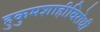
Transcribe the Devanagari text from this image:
हुकुमशाहीविरोधी